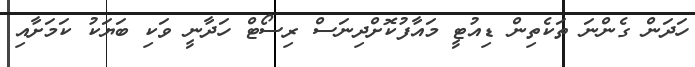
ހަދަން ގެންނަ ތަކެތިން ޑިއުޓީ މައާފުކޮށްދިނަސް ރިސޯޓް ހަދާނީ ވަކި ބަޔަކު ކަމަށާއި